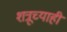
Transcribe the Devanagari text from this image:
शत्रूच्याही